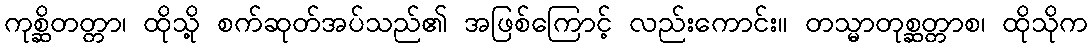
ကုစ္ဆိတတ္တာ၊ ထိုသို့ စက်ဆုတ်အပ်သည်၏ အဖြစ်ကြောင့် လည်းကောင်း။ တသ္မာတုစ္ဆတ္တာစ၊ ထိုသိုက